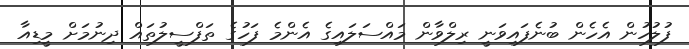
ފުލުހުން އެހެން ބުނެފައިވަނީ ރިލްވާން މައްސަލައިގެ އެންމެ ފަހުގެ ތަފްސީލުތައް ދިނުމަށް މީޑިއާ